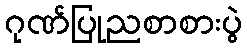
ဂုဏ်ပြုညစာစားပွဲ